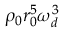
\rho _ { 0 } r _ { 0 } ^ { 5 } \omega _ { d } ^ { 3 }